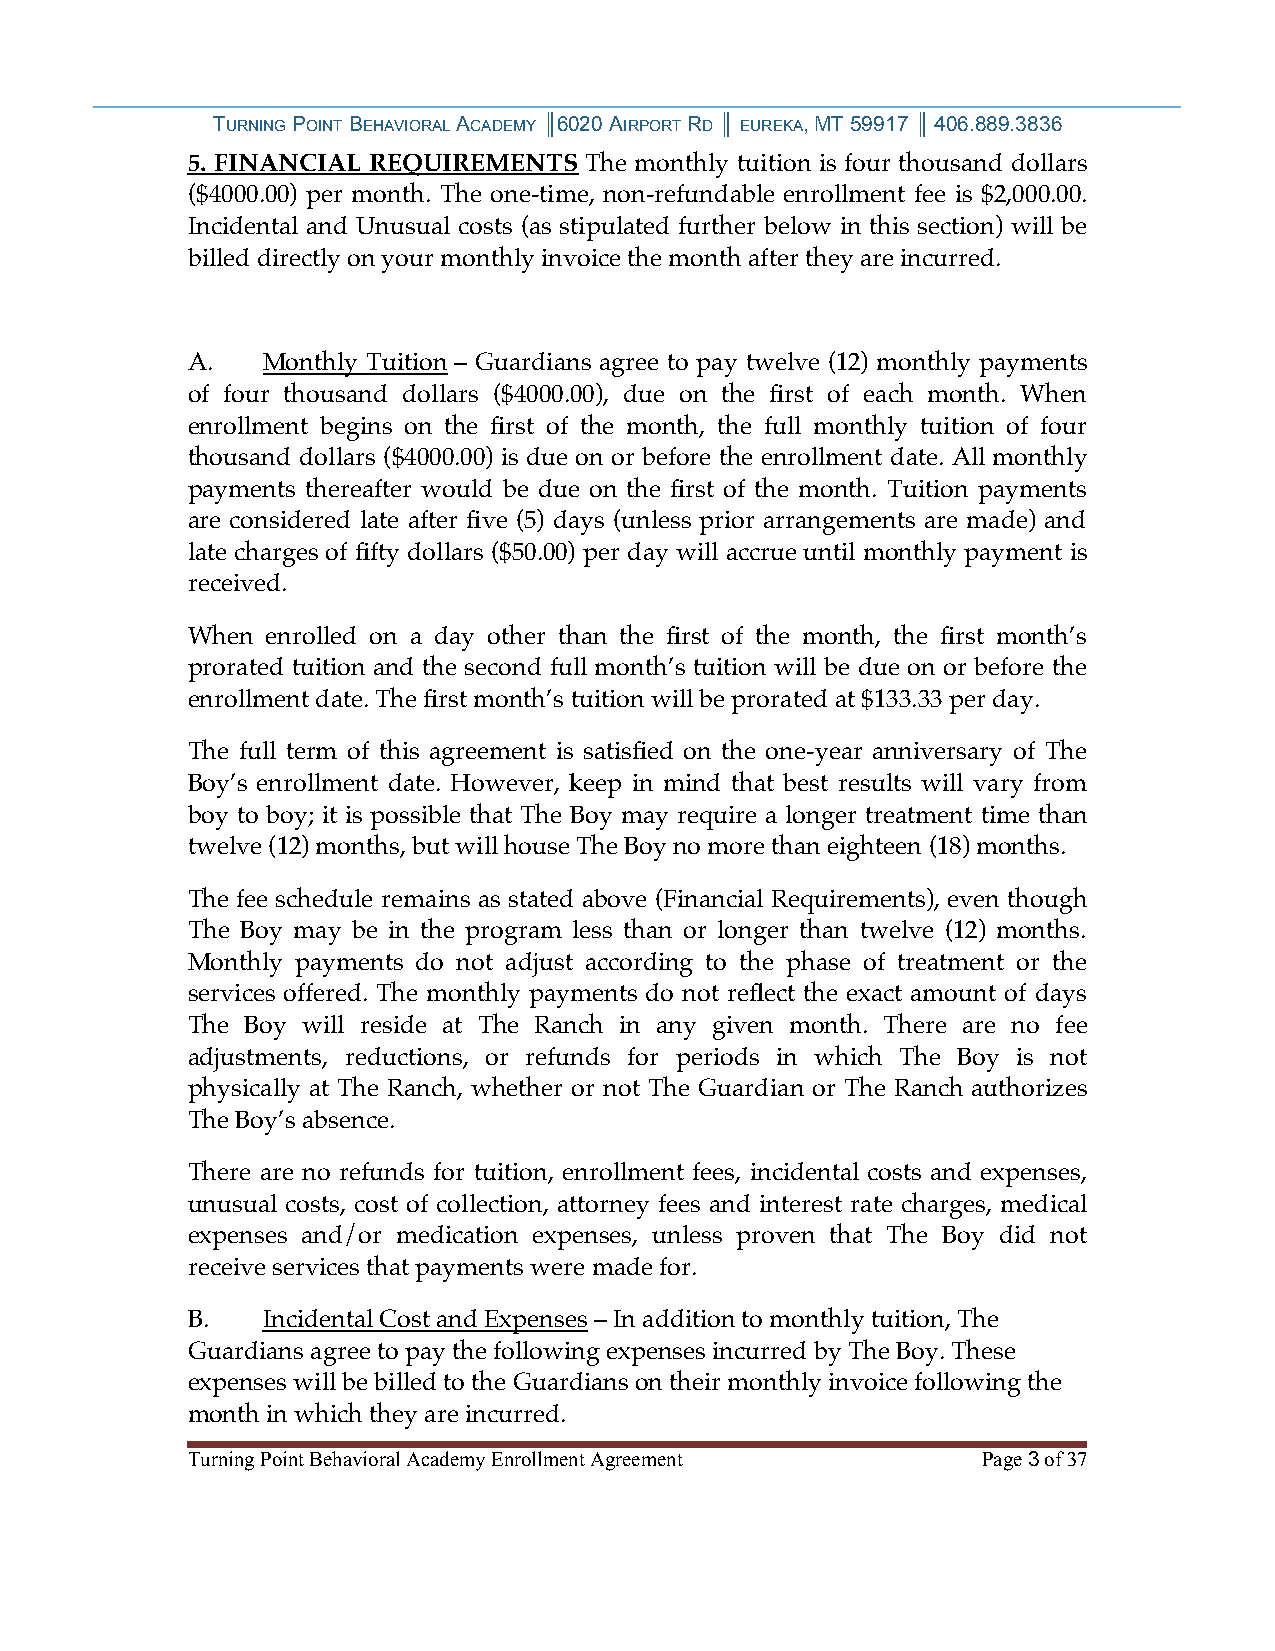
TURNING POINT BEHAVIORAL ACADEMY ║6020 AIRPORT RD ║ EUREKA, MT 59917 ║ 406.889.3836
 5. FINANCIAL REQUIREMENTS  The monthly tuition is four thousand dollars
 ($4000.00) per month. The one-time, non-refundable enrollment fee is $2,000.00.
 Incidental and Unusual costs (as stipulated further below in this section) will be
 billed directly on your monthly invoice the month after they are incurred.
 A.   Monthly Tuition – Guardians agree to pay twelve (12) monthly payments
 of four thousand dollars ($4000.00), due on the first of each month. When
 enrollment begins on the first of the month, the full monthly tuition of four
 thousand dollars ($4000.00) is due on or before the enrollment date. All monthly
 payments thereafter would be due on the first of the month. Tuition payments
 are considered late after five (5) days (unless prior arrangements are made) and
 late charges of fifty dollars ($50.00) per day will accrue until monthly payment is
 received.
 When  enrolled on a day other than the first of the month, the first month’s
 prorated tuition and the second full month’s tuition will be due on or before the
 enrollment date. The first month’s tuition will be prorated at $133.33 per day.
 The full term of this agreement is satisfied on the one-year anniversary of The
 Boy’s enrollment date. However, keep in mind that best results will vary from
 boy to boy; it is possible that The Boy may require a longer treatment time than
 twelve (12) months, but will house The Boy no more than eighteen (18) months.
 The fee schedule remains as stated above (Financial Requirements), even though
 The Boy may be in the program less than or longer than twelve (12) months.
 Monthly payments do not adjust according to the phase of treatment or the
 services offered. The monthly payments do not reflect the exact amount of days
 The Boy will reside at The Ranch in any given month. There are no fee
 adjustments, reductions, or refunds for periods in which The Boy is not
 physically at The Ranch, whether or not The Guardian or The Ranch authorizes
 The Boy’s absence.
 There are no refunds for tuition, enrollment fees, incidental costs and expenses,
 unusual costs, cost of collection, attorney fees and interest rate charges, medical
 expenses and/or medication expenses, unless proven that The Boy did not
 receive services that payments were made for.
 B.   Incidental Cost and Expenses – In addition to monthly tuition, The
 Guardians agree to pay the following expenses incurred by The Boy. These
 expenses will be billed to the Guardians on their monthly invoice following the
 month in which they are incurred.
 Turning Point Behavioral Academy Enrollment Agreement Page 3 of 37